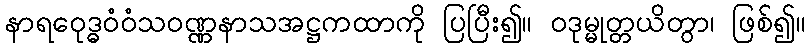
နာရဝေုဒ္ဓဝံဝံသဝဏ္ဏနာသအဋ္ဌကထာကို ပြပြီး၍။ ဝဒုမ္မုတ္တယိတွာ၊ ဖြစ်၍။